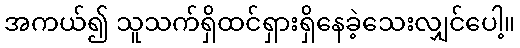
အကယ်၍ သူသက်ရှိထင်ရှားရှိနေခဲ့သေးလျှင်ပေါ့။